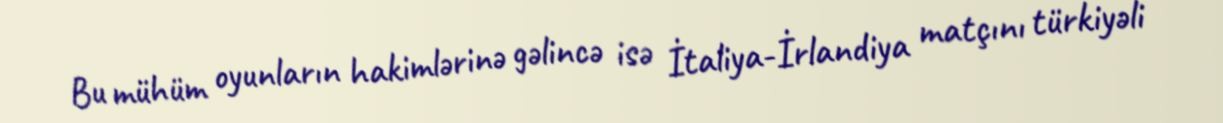
Bu mühüm oyunların hakimlərinə gəlincə isə İtaliya-İrlandiya matçını türkiyəli